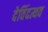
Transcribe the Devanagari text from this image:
देविंदत्थव